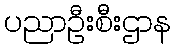
ပညာဦးစီးဌာန